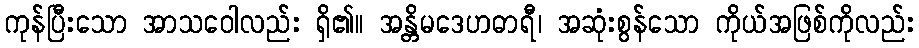
ကုန်ပြီးသော အာသဝေါလည်း ရှိ၏။ အန္တိမဒေဟဓာရီ၊ အဆုံးစွန်သော ကိုယ်အဖြစ်ကိုလည်း